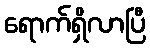
ရောက်ရှိလာပြီ